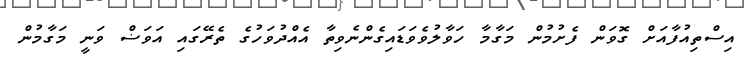
އިސްތިއުފާއަށް ގޮވަން ފެށުމުން މަގާމާ ހަވާލުވެވަޑައިގެންނެވިތާ އެއްދުވަހުގެ ތެރޭގައި އަވަޟް ވަނީ މަގާމުން